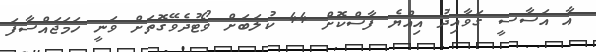
އާ އަސާސީ ގަވާއިދު އިއްޔެ ފާސްކޮށް 44 ކުލަބަށް ވޯޓުދެވޭގޮތަށް ވަނީ ހަމަޖައްސާފަ